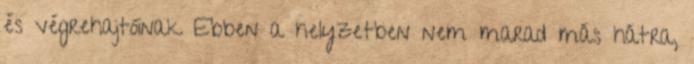
és végrehajtóinak Ebben a helyzetben nem marad más hátra,